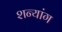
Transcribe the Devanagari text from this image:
शन्यांग